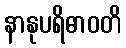
နာနုပရိဓာဝတိ